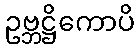
ဥဗ္ဘဋ္ဌိကောပိ